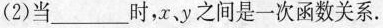
(2)当___时，r，y之间是一次函数关系。